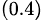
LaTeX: _{(0.4)}